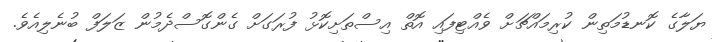
ޔަލާގެ ކޮނޑުމަތިން ކުރިމައްޗަށް ވެއްޓިފައި އޮތް އިސްތަށިކޮޅު ފުރަގަށް ގެންގޮސްދެމުން ޒަލަފް ބުނެލިއެވެ.